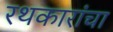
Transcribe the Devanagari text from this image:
रथकारांचा